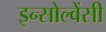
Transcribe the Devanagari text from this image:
इन्सोल्वेंसी